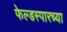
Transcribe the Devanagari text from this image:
फेल्डस्पारच्या